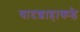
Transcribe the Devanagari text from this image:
बादशाहाकडे